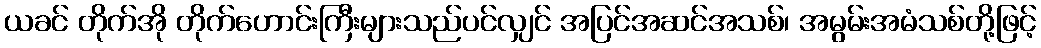
ယခင် တိုက်အို တိုက်ဟောင်းကြီးများသည်ပင်လျှင် အပြင်အဆင်အသစ်၊ အမွမ်းအမံသစ်တို့ဖြင့်